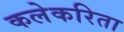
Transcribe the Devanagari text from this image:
कलेकरिता